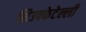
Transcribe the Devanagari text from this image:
सिउफ्फेटेल्ली